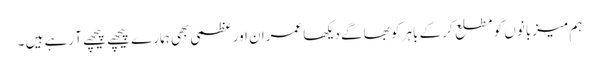
ہم میزبانوں کو مطلع کر کے باہر کو بھاگے دیکھا عمران اور عظمی بھی ہمارے پیچھے پیچھے آ رہے ہیں ۔